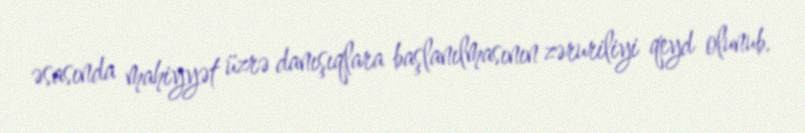
əsasında mahiyyət üzrə danışıqlara başlanılmasının zəruriliyi qeyd olunub.